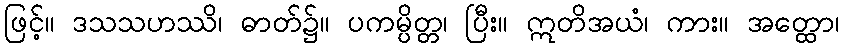
ဖြင့်။ ဒသသဟဿိ၊ ဓာတ်၌။ ပကမ္ပိတ္တ၊ ပြီး။ ဣတိအယံ၊ ကား။ အတ္ထော၊